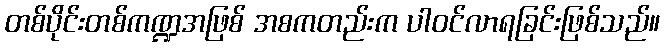
တစ်ပိုင်းတစ်ကဏ္ဍအဖြစ် အစကတည်းက ပါဝင်လာရခြင်းဖြစ်သည်။